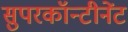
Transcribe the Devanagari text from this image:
सुपरकॉन्टीनेंट